Document type: Acquittal of debt
Year: 1424
Scribe: Francesc de Casanoves
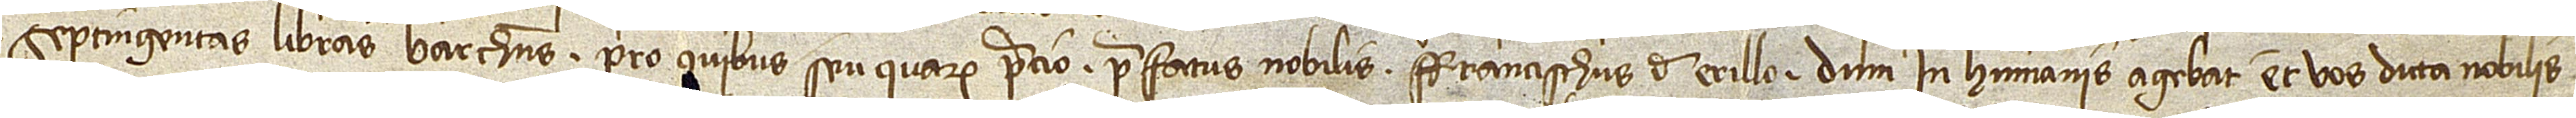
septingentas libras barchinonenses, pro quibus seu quarum precio prefatus nobilis Francischus de Erillo dum in humanis agebat et vos dicta nobilis